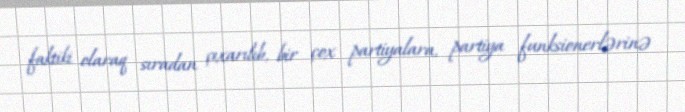
faktiki olaraq sıradan çıxarılıb, bir çox partiyalara, partiya funksionerlərinə